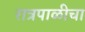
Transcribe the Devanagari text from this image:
रात्रपाळीचा